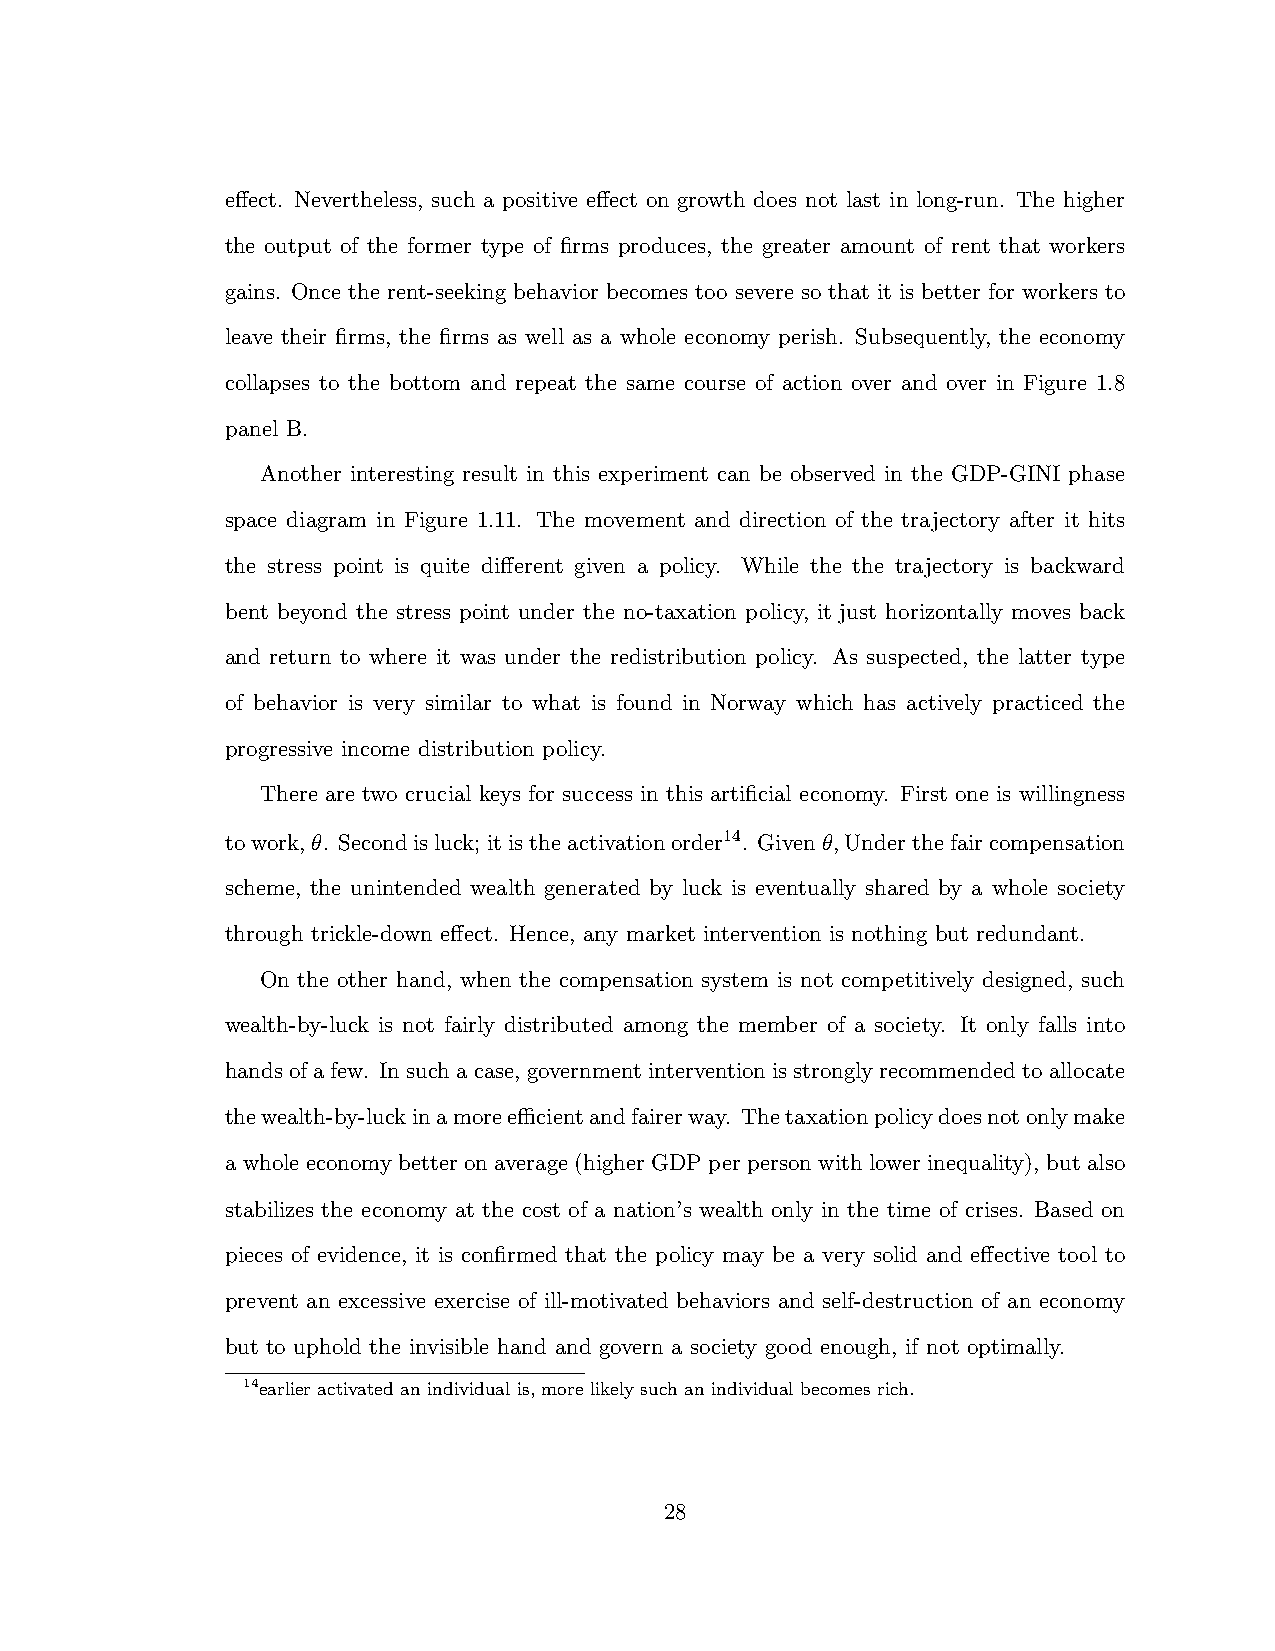
e↵ect. Nevertheless, such a positive e↵ect on growth does not last in long-run. The higher
 the output of the former type of firms produces, the greater amount of rent that workers
 gains. Once the rent-seeking behavior becomes too severe so that it is better for workers to
 leave their firms, the firms as well as a whole economy perish. Subsequently, the economy
 collapses to the bottom and repeat the same course of action over and over in Figure 1.8
 panel B.
 Another interesting result in this experiment can be observed in the GDP-GINI phase
 space diagram in Figure 1.11. The movement and direction of the trajectory after it hits
 the stress point is quite di↵erent given a policy. While the the trajectory is backward
 bent beyond the stress point under the no-taxation policy, it just horizontally moves back
 and return to where it was under the redistribution policy. As suspected, the latter type
 of behavior is very similar to what is found in Norway which has actively practiced the
 progressive income distribution policy.
 There are two crucial keys for success in this artificial economy. First one is willingness
 towork,✓. Secondisluck; itistheactivationorder14. Given✓,Underthefaircompensation
 scheme, the unintended wealth generated by luck is eventually shared by a whole society
 through trickle-down e↵ect. Hence, any market intervention is nothing but redundant.
 On the other hand, when the compensation system is not competitively designed, such
 wealth-by-luck is not fairly distributed among the member of a society. It only falls into
 handsofafew. Insuchacase, governmentinterventionisstronglyrecommendedtoallocate
 thewealth-by-luckinamoreecientandfairerway. Thetaxationpolicydoesnotonlymake
 a whole economy better on average (higher GDP per person with lower inequality), but also
 stabilizes the economy at the cost of a nation’s wealth only in the time of crises. Based on
 pieces of evidence, it is confirmed that the policy may be a very solid and e↵ective tool to
 prevent an excessive exercise of ill-motivated behaviors and self-destruction of an economy
 but to uphold the invisible hand and govern a society good enough, if not optimally.
 14earlier activated an individual is, more likely such an individual becomes rich.
 28